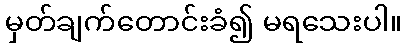
မှတ်ချက်တောင်းခံ၍ မရသေးပါ။